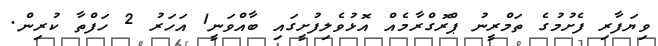
ވިޔަފާރި ފެށުމުގެ ތަމްރީނު ޕްރޮގްރާމެއް އޮޅުވެލިފުށީގައި ބާއްވަނީ1 އަހަރު 2 ހަފްތާ ކުރިން.